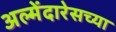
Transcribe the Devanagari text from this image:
अल्मेंदारेसच्या